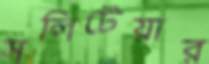
সলিটেয়ার